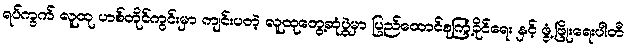
ရပ်ကွက် လူထု ဟစ်တိုင်ကွင်းမှာ ကျင်းပတဲ့ လူထုတွေ့ဆုံပွဲမှာ ပြည်ထောင်စုကြံ့ခိုင်ရေး နှင့် ဖွံ့ဖြိုးရေးပါတီ